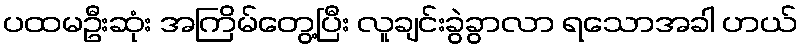
ပထမဦးဆုံး အကြိမ်တွေ့ပြီး လူချင်းခွဲခွာလာ ရသောအခါ ဟယ်